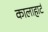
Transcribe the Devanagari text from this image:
कालाहार्ट